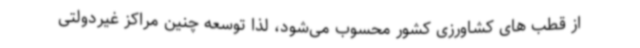
از قطب های کشاورزی کشور محسوب می‌شود، لذا توسعه چنین مراکز غیردولتی